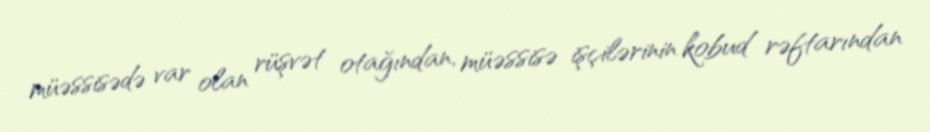
müəssisədə var olan rüşvət otağından, müəssisə işçilərinin kobud rəftarından